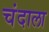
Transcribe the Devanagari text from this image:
चंदाला